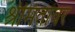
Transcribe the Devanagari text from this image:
श्रीमंतांवर